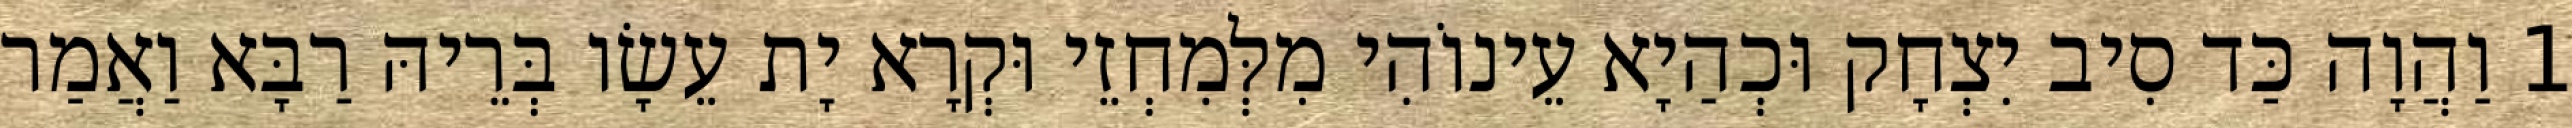
1 וַהֲוָה כַּד סִיב יִצְחָק וּכְהַיָא עֵינוֹהִי מִלְּמִחְזֵי וּקְרָא יָת עֵשָׂו בְּרֵיהּ רַבָּא וַאֲמַר